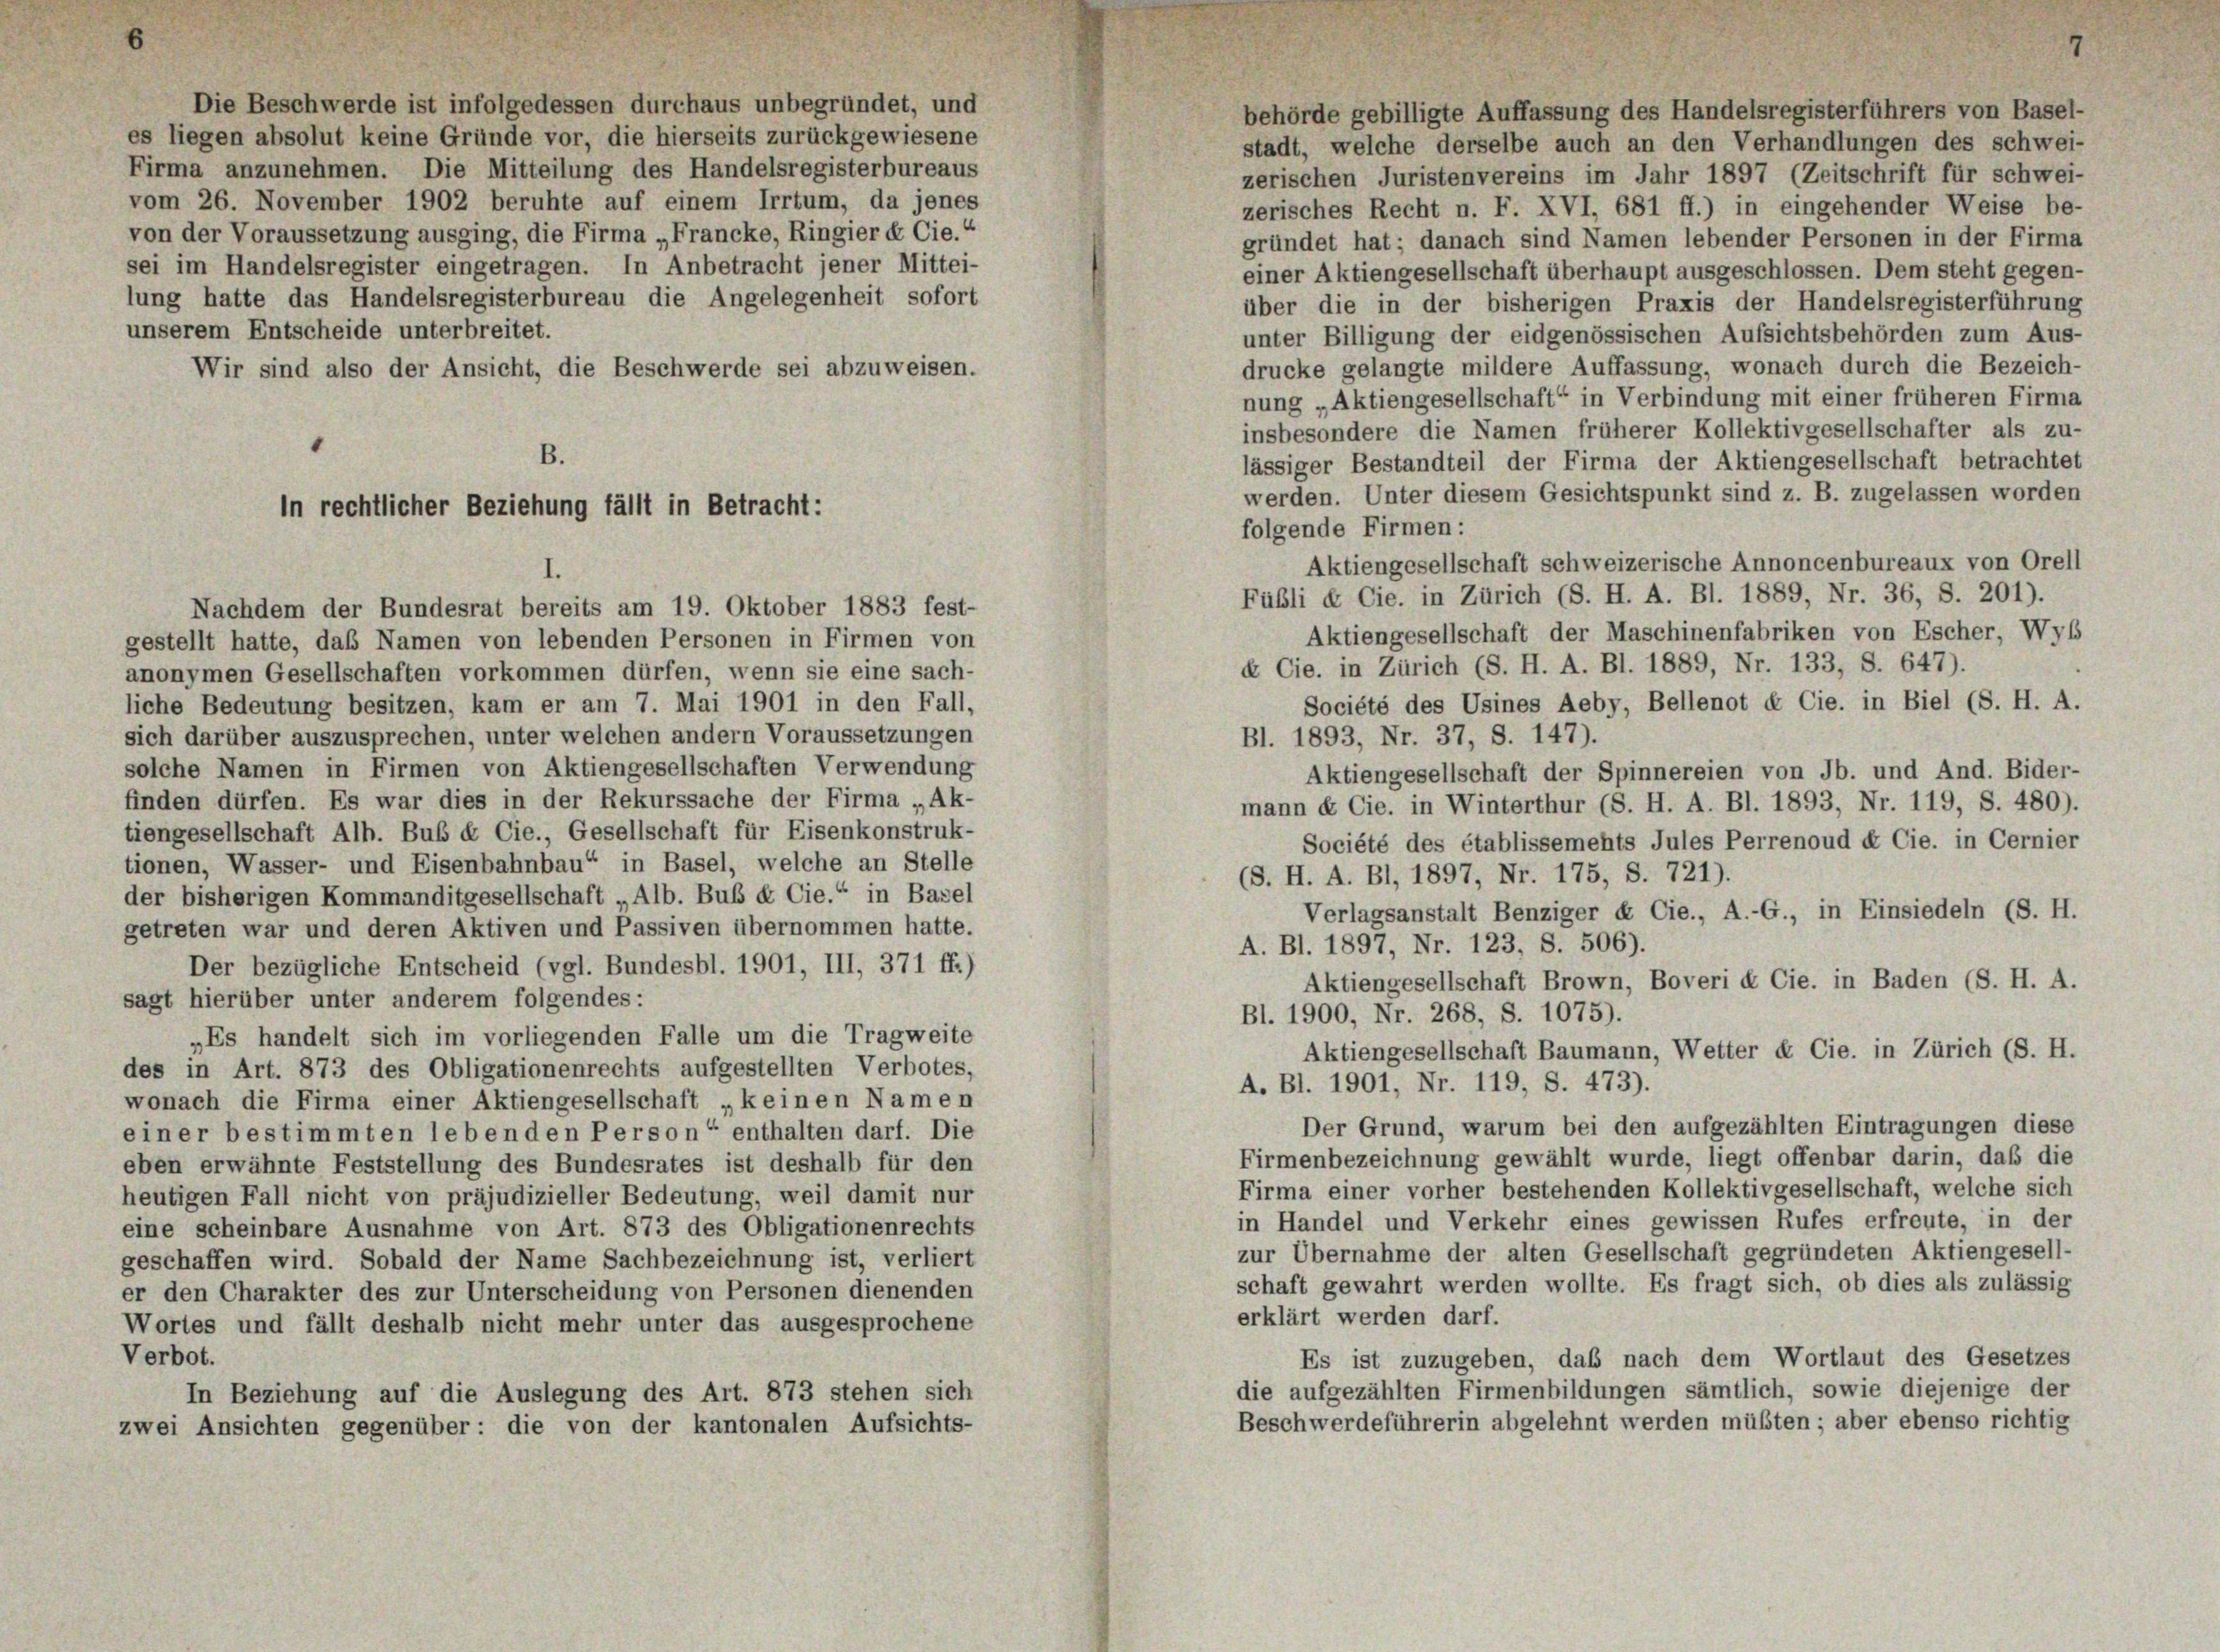
Die Beschwerde ist infolgedessen durchaus unbegründet, und
es liegen absolut keine Gründe vor, die hierseits zurückgewiesene
Firma anzunehmen. Die Mitteilung des Handelsregisterbureaus
vom 26. November 1902 beruhte auf einem Irrtum, da jenes
von der Voraussetzung ausging, die Firma „Francke, Ringier & Cie.“
sei im Handelsregister eingetragen. In Anbetracht jener Mittei-
lung hatte das Handelsregisterbureau die Angelegenheit sofort
unserem Entscheide unterbreitet.
Wir sind also der Ansicht, die Beschwerde sei abzuweisen.

behörde gebilligte Auffassung des Handelsregisterführers von Basel-
stadt, welche derselbe auch an den Verhandlungen des schwei-
zerischen Juristenvereins im Jahr 1897 (Zeitschrift für schwei-
zerisches Recht n. F. XVI, 681 ff.) in eingehender Weise be-
gründet hat; danach sind Namen lebender Personen in der Firma
einer Aktiengesellschaft überhaupt ausgeschlossen. Dem steht gegen-
über die in der bisherigen Praxis der Handelsregisterführung
unter Billigung der eidgenössischen Aufsichtsbehörden zum Aus-
drucke gelangte mildere Auffassung, wonach durch die Bezeich-
nung „Aktiengesellschaft“ in Verbindung mit einer früheren Firma
insbesondere die Namen früherer Kollektivgesellschafter als zu-
B.
lässiger Bestandteil der Firma der Aktiengesellschaft betrachtet
werden. Unter diesem Gesichtspunkt sind z. B. zugelassen worden
folgende Firmen:
Aktiengesellschaft schweizerische Annoncenbureaux von Orell
Fübli & Cie. in Zürich (S. H. A. Bl. 1889, Nr. 36, S. 201).
Aktiengesellschaft der Maschinenfabriken von Escher, Wyb
k Cie. in Zürich (S. H. A. Bl. 1889, Nr. 133, S. 647).
Société des Usines Aeby, Bellenot & Cie. in Biel (S. H. A.
liche Bedeutung besitzen, kam er am 7. Mai 1901 in den Fall,
sich darüber auszusprechen, unter welchen andern Voraussetzungen
Bl. 1893, Nr. 37, S. 147).
solche Namen in Firmen von Aktiengesellschaften Verwendung
Aktiengesellschaft der Spinnereien von Jb. und And. Bider-
finden dürfen. Es war dies in der Rekurssache der Firma „Ak-
mann & Cie. in Winterthur (S. H. A. Bl. 1893, Nr. 119, S. 480).
tiengesellschaft Alh. Bub & Cie., Gesellschaft für Eisenkonstruk-
Société des établissements Jules Perrenoud & Cie. in Cernier
tionen, Wasser- und Eisenbahnbau“ in Basel, welche an Stelle
(S. H. A. BI, 1897, Nr. 175, S. 721).
der bisherigen Kommanditgesellschaft „Alb. Bub & Cie.“ in Basel
Verlagsanstalt Benziger & Cie., A.-G., in Einsiedeln (S. H.
getreten war und deren Aktiven und Passiven übernommen hatte.
A. Bl. 1897, Nr. 123, S. 506).
Der bezügliche Entscheid (vgl. Bundesbl. 1901, III, 371 ff.)
Aktiengesellschaft Brown, Boveri & Cie. in Baden (S. H. A.
sagt hierüber unter anderem folgendes:
Bl. 1900, Nr. 268, S. 1075).
„Es handelt sich im vorliegenden Falle um die Tragweite
Aktiengesellschaft Baumann, Wetter & Cie. in Zürich (S. H.
des in Art. 873 des Obligationenrechts aufgestellten Verbotes,
A. Bl. 1901, Nr. 119, S. 473).
wonach die Firma einer Aktiengesellschaft „keinen Namen
Der Grund, warum bei den aufgezählten Eintragungen diese
einer bestimmten lebenden Person“ enthalten darf. Die
Firmenbezeichnung gewählt wurde, liegt offenbar darin, daß die
eben erwähnte Feststellung des Bundesrates ist deshalb für den
Firma einer vorher bestehenden Kollektivgesellschaft, welche sich
heutigen Fall nicht von präjudizieller Bedeutung, weil damit nur
in Handel und Verkehr eines gewissen Rufes erfreute, in der
eine scheinbare Ausnahme von Art. 873 des Obligationenrechts
zur Übernahme der alten Gesellschaft gegründeten Aktiengesell-
geschaffen wird. Sobald der Name Sachbezeichnung ist, verliert
schaft gewahrt werden wollte. Es fragt sich, ob dies als zulässig
er den Charakter des zur Unterscheidung von Personen dienenden
erklärt werden darf.
Wortes und fällt deshalb nicht mehr unter das ausgesprochene
Verbot.
Es ist zuzugeben, daß nach dem Wortlaut des Gesetzes
die aufgezählten Firmenbildungen sämtlich, sowie diejenige der
In Beziehung auf die Auslegung des Art. 873 stehen sich
Beschwerdeführerin abgelehnt werden müßten; aber ebenso richtig
zwei Ansichten gegenüber: die von der kantonalen Aufsichts-

In rechtlicher Beziehung fällt in Betracht:

Nachdem der Bundesrat bereits am 19. Oktober 1883 fest-
gestellt hatte, daß Namen von lebenden Personen in Firmen von
anonymen Gesellschaften vorkommen dürfen, wenn sie eine sach-